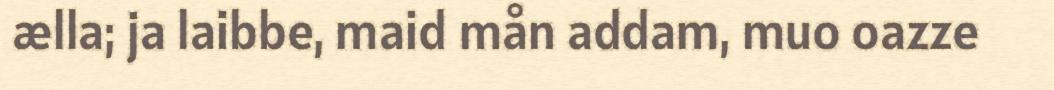
ælla; ja laibbe, maid mån addam, muo oazze